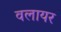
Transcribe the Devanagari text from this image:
वलायर